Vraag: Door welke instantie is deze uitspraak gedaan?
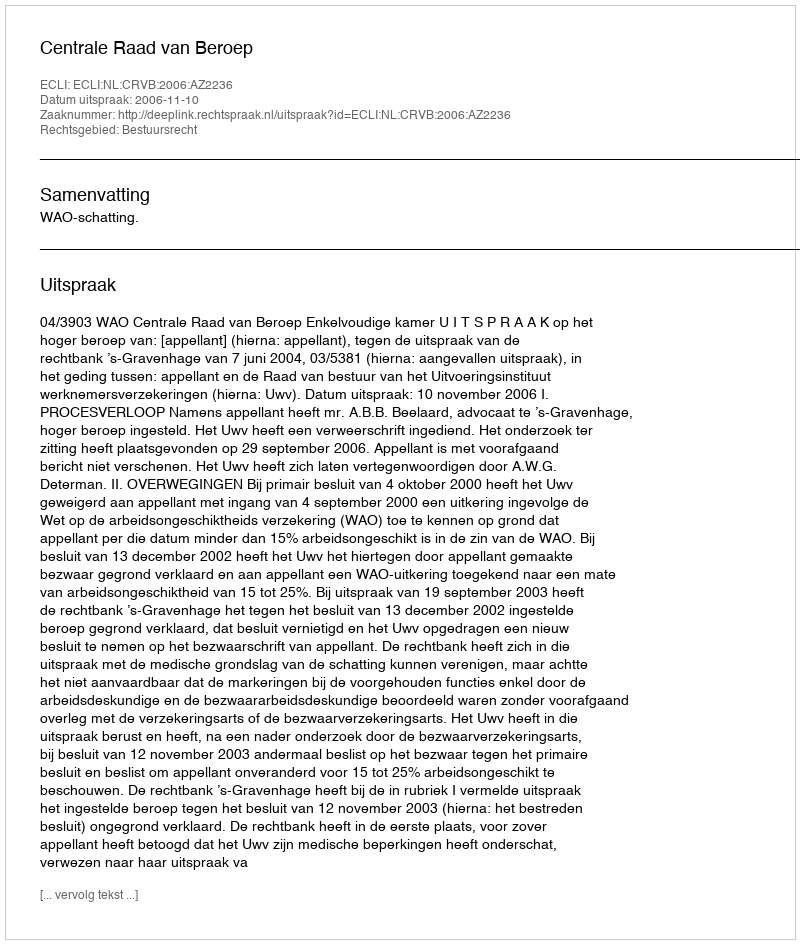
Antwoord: Centrale Raad van Beroep